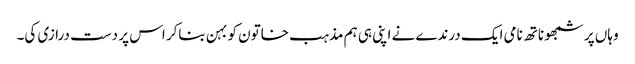
وہاں پر شمبھو ناتھ نامی ایک درندے نے اپنی ہی ہم مذہب خاتون کو بہن بناکر اس پر دست درازی کی۔